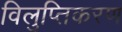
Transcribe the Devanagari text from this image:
विलुप्तिकरण